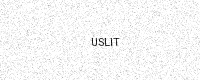
Text: USLIT